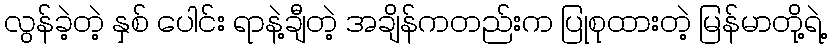
လွန်ခဲ့တဲ့ နှစ် ပေါင်း ရာနဲ့ချီတဲ့ အချိန်ကတည်းက ပြုစုထားတဲ့ မြန်မာတို့ရဲ့